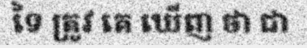
ទៃ ត្រូវ គេ ឃើញ ថា ជា